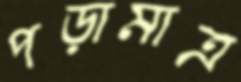
পড়ামাত্র